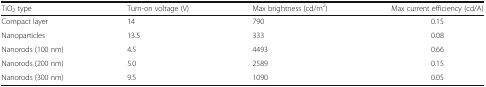
| TiO2 type | Turn-on voltage (V) | Max brightness (cd/m2) | Max current efficiency (cd/A) |
 | --- | --- | --- | --- |
 | Compact layer | 14 | 790 | 0.15 |
 | Nanoparticles | 13.5 | 333 | 0.08 |
 | Nanorods (100 nm) | 4.5 | 4493 | 0.66 |
 | Nanorods (200 nm) | 5.0 | 2589 | 0.15 |
 | Nanorods (300 nm) | 9.5 | 1090 | 0.05 |